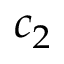
c _ { 2 }